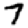
Digit: 7